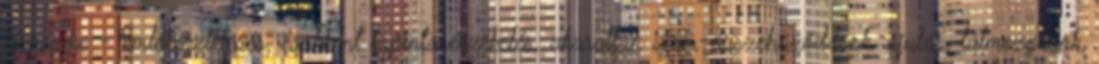
téveszme - emlékezetkiesés, csökkent tapintásérzékelés, akaratlan izom-összehúzódások, ájulás, túlmozgások,